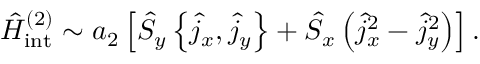
\hat { H } _ { \mathrm { i n t } } ^ { ( 2 ) } \sim a _ { 2 } \left[ \hat { S } _ { y } \left\{ \hat { j } _ { x } , \hat { j } _ { y } \right\} + \hat { S } _ { x } \left( \hat { j } _ { x } ^ { 2 } - \hat { j } _ { y } ^ { 2 } \right) \right] .